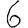
Digit: 6